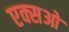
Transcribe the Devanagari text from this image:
एक्सओ